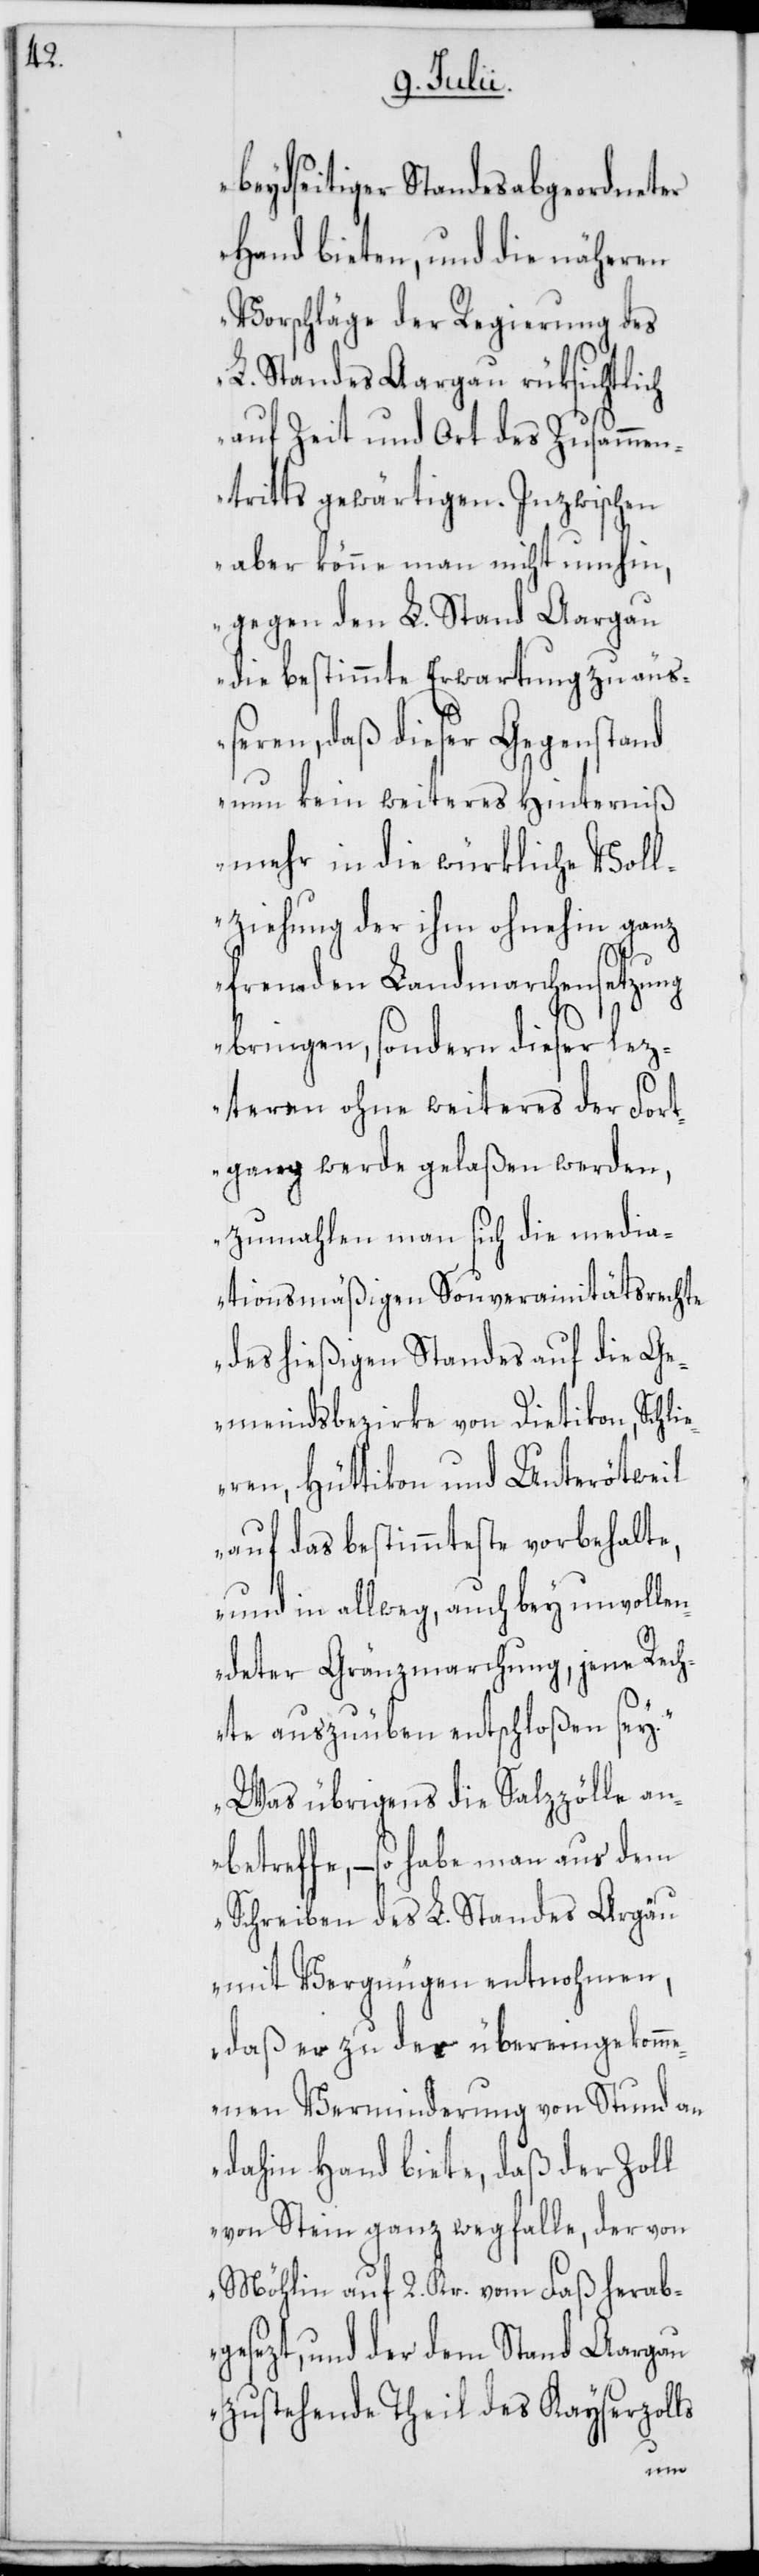
beydseitiger Standesabgeordneter
Hand bieten, und die näheren
Vorschläge der Regierung des
L. Standes Aargau rüksichtlich
auf Zeit und Ort des Zusammen¬
tritts gewärtigen. Inzwischen
aber könne man nicht umhin,
gegen den L. Stand Aargau
die bestimmte Erwartung zu äuß¬
eren, daß dieser Gegenstand
nun kein weiteres Hinterniß
mehr in die würkliche Voll¬
ziehung der ihm ohnehin ganz
fremden Landmarchensetzung
bringen, sondern dieser lez¬
teren ohne weiteres der Fort¬
gang werde gelaßen werden,
zumahlen man sich die media¬
tionsmäßigen Souverainitätsrechte
des hießigen Standes auf die G¬
emeindsbezirke von Dietikon, Schli¬
eren, Hüttikon und Unterötweil
auf das bestimmteste vorbehalte,
und in allweg, auch bey unvollen¬
deter Gränzmarchung, jene Rech¬
te auszuüben entschloßen sey.
Was übrigens die Salzzölle an¬
betreffe, – so habe man aus dem
Schreiben des L. Standes Argäu
mit Vergnügen entnohmen,
daß er zu der übereingekomm¬
enen Verminderung von Stund an
dahin Hand biete, daß der Zoll
von Stein ganz wegfalle, der von
Möhlin auf 2. Kr. vom Faß herab¬
gesezt, und der dem Stand Aargau
zustehende Theil des Kayserzolls